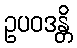
ဥပဝဒန္တိ